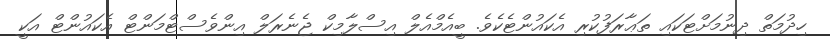
ހިދުމަތް ދިނުމަށްޓަކައި ތަޢާރަފުކުރި އެކައުންޓެކެވެ. ބީއެމްއެލް އިސްލާމިކް ޖެނެރަލް އިންވެސްޓްމަންޓް އެކައުންޓް އަކީ